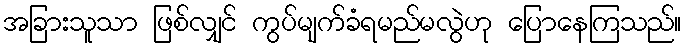
အခြားသူသာ ဖြစ်လျှင် ကွပ်မျက်ခံရမည်မလွဲဟု ပြောနေကြသည်။